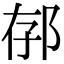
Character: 𨚲